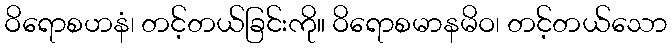
ဝိရောစဟနံ၊ တင့်တယ်ခြင်းကို။ ဝိရောစမာနမိဝ၊ တင့်တယ်သော